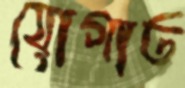
যোগাত